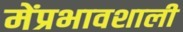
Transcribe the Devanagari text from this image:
मेंप्रभावशाली